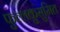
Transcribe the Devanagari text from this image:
फुल्लकुसुमित